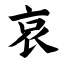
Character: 哀